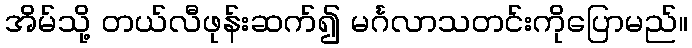
အိမ်သို့ တယ်လီဖုန်းဆက်၍ မင်္ဂလာသတင်းကိုပြောမည်။